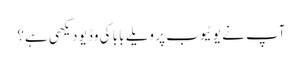
آپ نے یوٹیوب پر ویلے بابا کی وڈیو دیکھی ہے؟